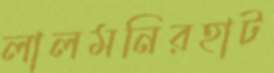
লালমনিরহাট